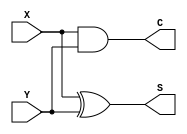
module Simple_Circuit_Two(X,Y,S,C);
output S,C;
input X,Y;

xor(S,X,Y);
and(C,X,Y);
endmodule